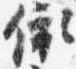
依